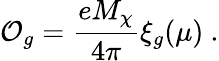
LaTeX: {\cal O}_{g}={\frac{eM_{\chi}}{4\pi}}\xi_{g}(\mu)\ .